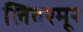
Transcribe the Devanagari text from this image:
लिवरमूर